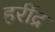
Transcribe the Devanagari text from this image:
हरींद्र